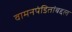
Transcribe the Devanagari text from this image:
वामनपंडितांबद्दल